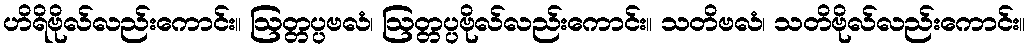
ဟိရိဗိုလ်လည်းကောင်း။ ဩတ္တပ္ပဗလံ၊ ဩတ္တပ္ပဗိုလ်လည်းကောင်း။ သတိဗလံ၊ သတိဗိုလ်လည်းကောင်း။